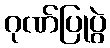
ဂုဏ်ပြုပွဲ